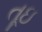
તૂઇ